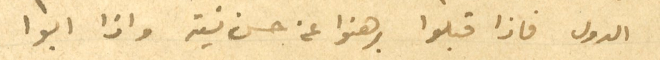
الدول فاذا قبلوا برهنوا عن حسن نية واذا ابوا